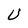
Character: U